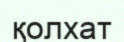
қолхат